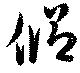
脩